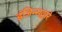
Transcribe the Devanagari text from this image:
इंजिन्सद्वारे